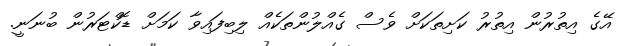
އޭގެ އިތުރުން އިތުރު ކަށިތަކަށް ވެސް ގެއްލުންތަކެއް ލިބިފައިވާ ކަމަށް ޑޮކްޓަރުން ބުނަނީ.